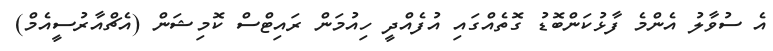
އެ ސުވާލު އެންމެ ފާޅުކަންބޮޑު ގޮތެއްގައި އުފެއްދީ ހިއުމަން ރައިޓްސް ކޮމިޝަން (އެޗްއާރުސީއެމް)